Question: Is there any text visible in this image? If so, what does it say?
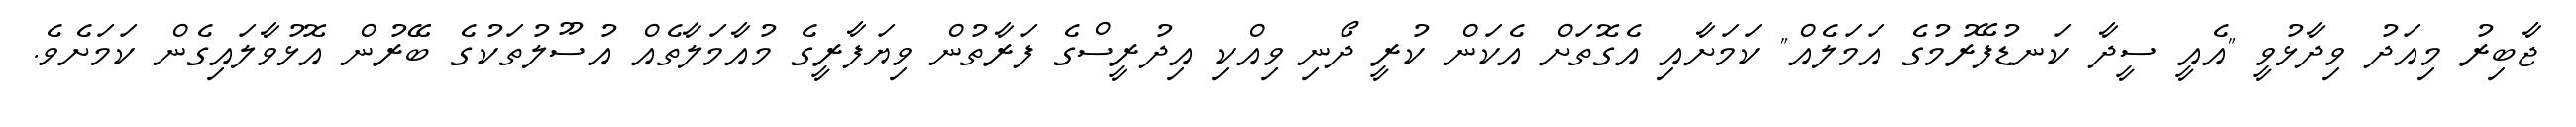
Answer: ޖާބިރު މިއަދު ވިދާޅުވީ "އެއީ ސީދާ ކަނޑުފޭރުމުގެ އަމަލެއް" ކަމަށާއި އެގޮތަށް އެކަން ކުރީ ދޯނި ވިއްކި އިދުރީސްގެ ފަރާތުން ވިޔަފާރީގެ މުއާމަލާތެއް އުސޫލުތަކުގެ ބޭރުން އޮޅުވާލައިގެން ކަމަށެވެ.